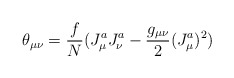
\begin{align*}\theta_{\mu\nu}=\frac{f}{N}(J_{\mu}^{a}J_{\nu}^a -\frac {g_{\mu\nu}}{2}(J_{\mu}^a)^2)\end{align*}